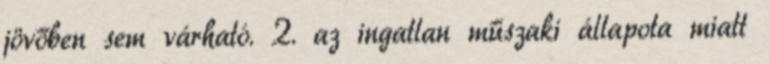
jövőben sem várható. 2. az ingatlan műszaki állapota miatt